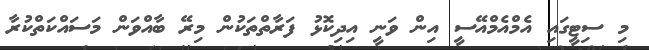
މި ސިޓީގައި އެމްއެމްއޭސީ އިން ވަނީ އިދިކޮޅު ފަރާތްތަކުން މިރޭ ބާއްވަން މަސައްކަތްކުރާ